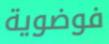
فوضوية